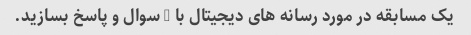
یک مسابقه در مورد رسانه های دیجیتال با 5 سوال و پاسخ بسازید.